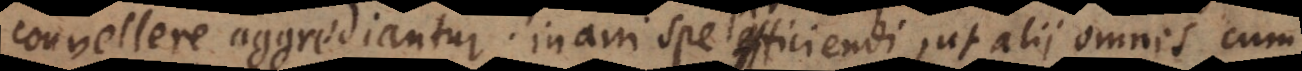
convellere aggrediantur, inani spe efficiendi,, ut alii omnes cum